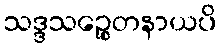
သဒ္ဒသဉ္စေတနာယပိ